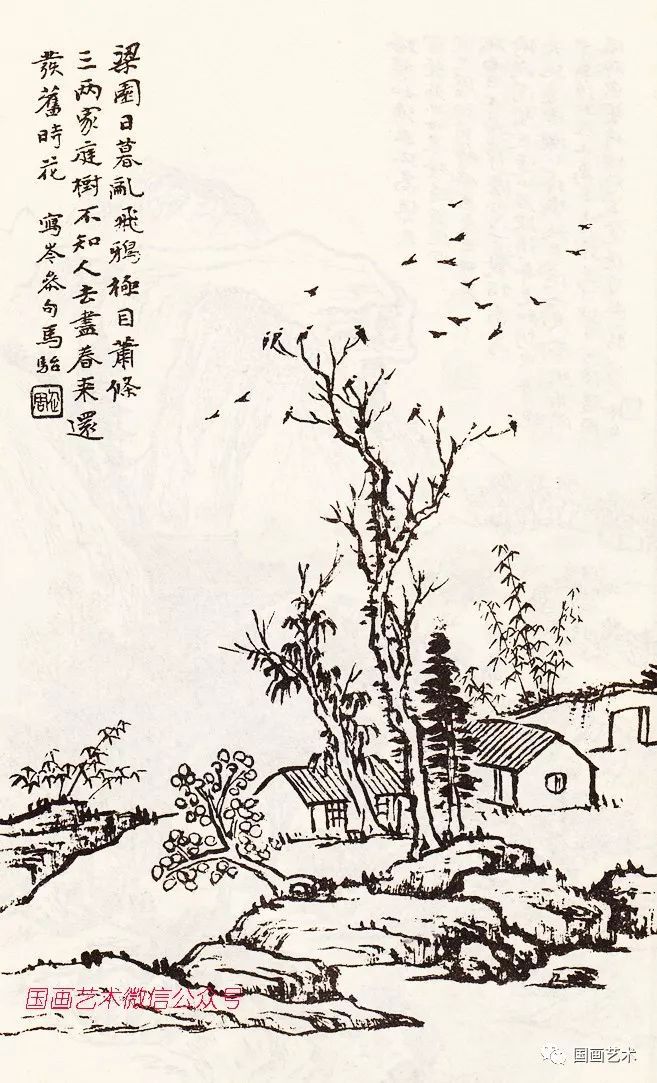
梁园日暮乱飞鸦，极目萧条三两家。